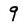
Character: 9